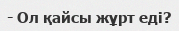
- Ол қайсы жұрт еді?